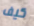
كيف